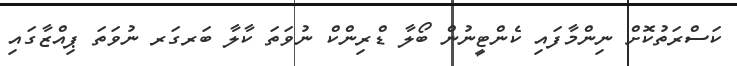
ކަސްރަތުކޮށް ނިންމާފައި ކެންޓީނުން ބޯލާ ޑްރިންކް ނުވަތަ ކާލާ ބަރގަރ ނުވަތަ ޕިއްޒާގައި